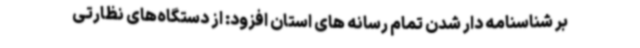
بر شناسنامه دار شدن تمام رسانه های استان افزود: از دستگاه‌های نظارتی